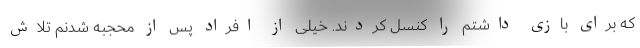
که برای بازی داشتم را کنسل کردند. خیلی از افراد پس از محجبه شدنم تلاش